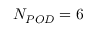
N _ { P O D } = 6